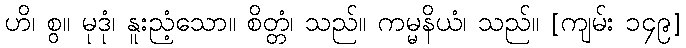
ဟိ၊ စွ။ မုဒုံ၊ နူးညံ့သော။ စိတ္တံ၊ သည်။ ကမ္မနိယံ၊ သည်။ [ကျမ်း ၁၄၉]